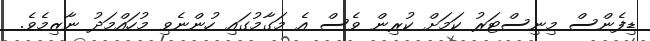
ޑިފެންސް މިނިސްޓަރު ކަމަށް ކުރިން ވެސް އެ މަގާމުގައި ހުންނެވި މުހައްމަދު ނާޒިމެވެ.